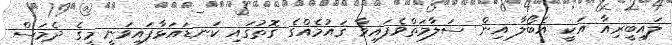
ލައިބީރިއާ އަކީ އެބޯލާ އިން ސަލާމަތްވެފައިވާ ޤައުމެއްގެ ގޮތުގައި ކަނޑައަޅާފައިވަނީ މީގެ ދެމަސް